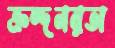
ক্রন্দনরতা